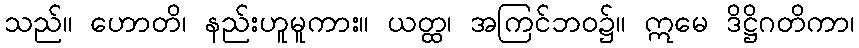
သည်။ ဟောတိ၊ နည်းဟူမူကား။ ယတ္ထ၊ အကြင်ဘဝ၌။ ဣမေ ဒိဋ္ဌိဂတိကာ၊